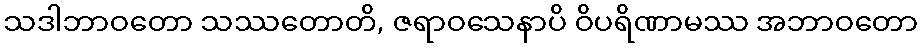
သဒါဘာဝတော သဿတောတိ, ဇရာဝသေနာပိ ဝိပရိဏာမဿ အဘာဝတော